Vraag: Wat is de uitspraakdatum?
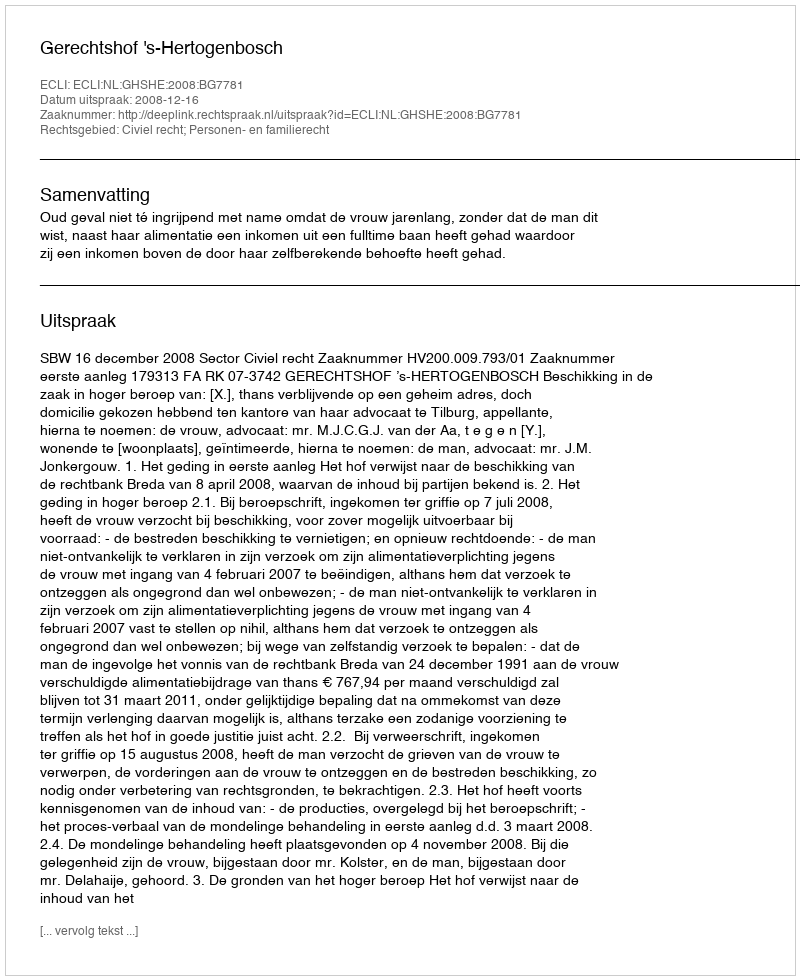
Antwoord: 2008-12-16